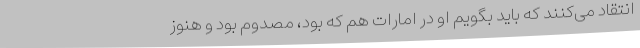
انتقاد می‌کنند که باید بگویم او در امارات هم که بود، مصدوم بود و هنوز